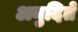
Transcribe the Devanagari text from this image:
अनुदिते